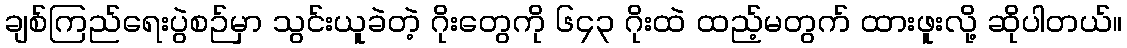
ချစ်ကြည်ရေးပွဲစဉ်မှာ သွင်းယူခဲတဲ့ ဂိုးတွေကို ၆၄၃ ဂိုးထဲ ထည့်မတွက် ထားဖူးလို့ ဆိုပါတယ်။